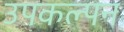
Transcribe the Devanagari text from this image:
उपकल्पन